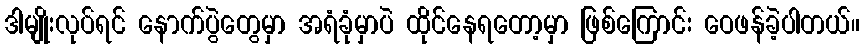
ဒါမျိုးလုပ်ရင် နောက်ပွဲတွေမှာ အရံခုံမှာပဲ ထိုင်နေရတော့မှာ ဖြစ်ကြောင်း ဝေဖန်ခဲ့ပါတယ်။